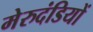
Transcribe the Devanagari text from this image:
मेरुदंडियों